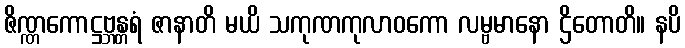
ဇိဏ္ဏကောဋ္ဌဗ္ဘန္တရံ ဇာနာတိ မယိ သကုဏကုလာဝကော လမ္ဗမာနော ဌိတောတိ။ နပိ